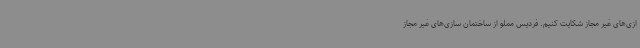
ازی‌های غیر مجاز شکایت کنیم. فردیس مملو از ساختمان سازی‌های غیر مجاز